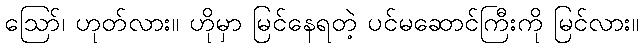
ဪ၊ ဟုတ်လား။ ဟိုမှာ မြင်နေရတဲ့ ပင်မဆောင်ကြီးကို မြင်လား။